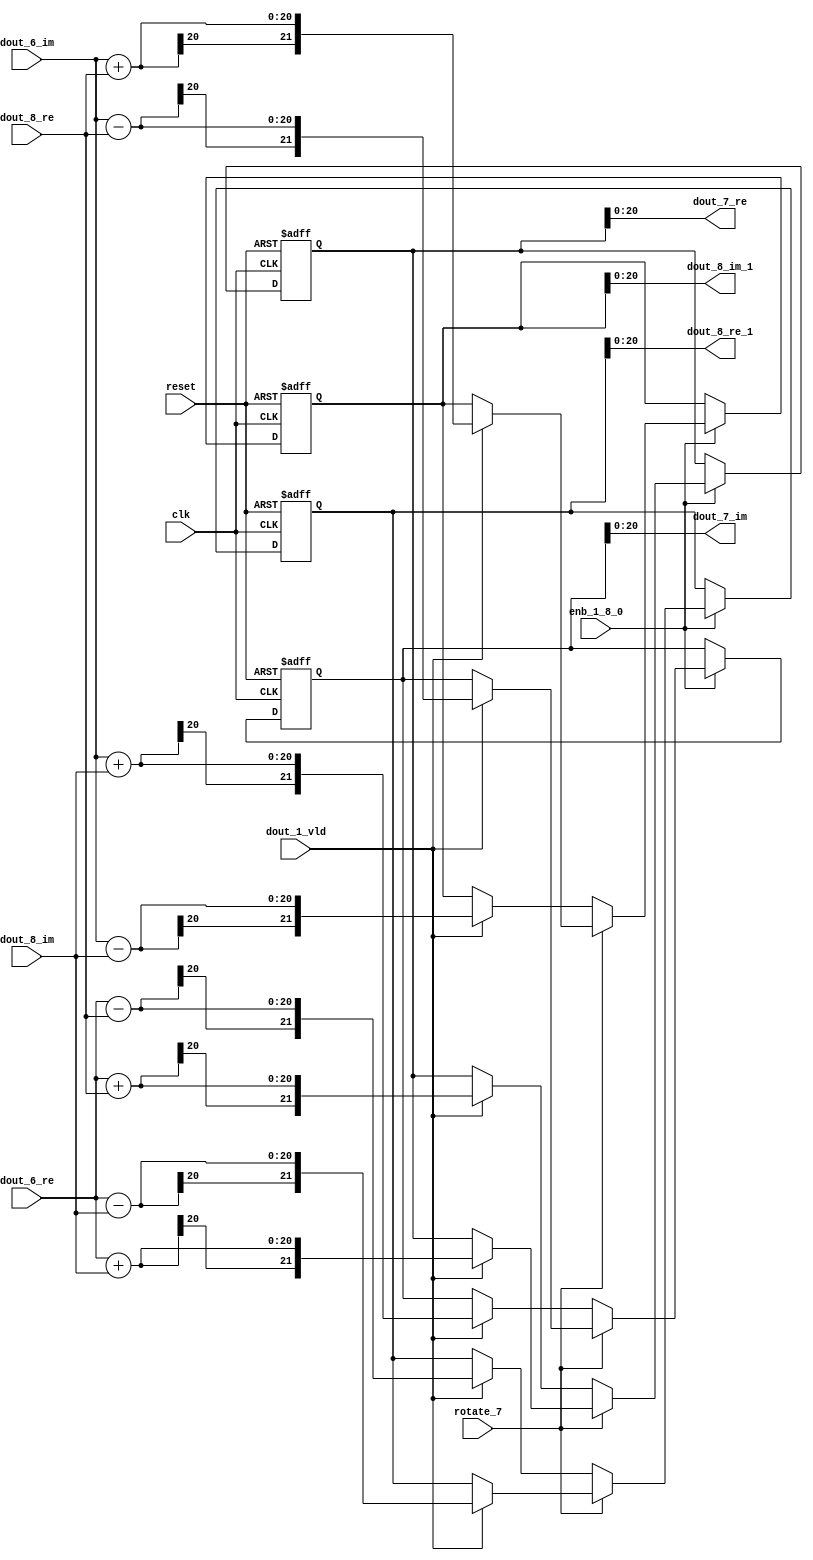
// -------------------------------------------------------------
// 
// 
// Generated by MATLAB 9.13 and HDL Coder 4.0
// 
// -------------------------------------------------------------


// -------------------------------------------------------------
// 
// Module: RADIX22FFT_SDNF2_4_block2
// Source Path: joe_fft/FFT/RADIX22FFT_SDNF2_4
// Hierarchy Level: 2
// 
// -------------------------------------------------------------

`timescale 1 ns / 1 ns

module RADIX22FFT_SDNF2_4_block2
          (clk,
           reset,
           enb_1_8_0,
           rotate_7,
           dout_6_re,
           dout_6_im,
           dout_8_re,
           dout_8_im,
           dout_1_vld,
           dout_7_re,
           dout_7_im,
           dout_8_re_1,
           dout_8_im_1);


  input   clk;
  input   reset;
  input   enb_1_8_0;
  input   rotate_7;  // ufix1
  input   signed [19:0] dout_6_re;  // sfix20
  input   signed [19:0] dout_6_im;  // sfix20
  input   signed [19:0] dout_8_re;  // sfix20
  input   signed [19:0] dout_8_im;  // sfix20
  input   dout_1_vld;
  output  signed [20:0] dout_7_re;  // sfix21
  output  signed [20:0] dout_7_im;  // sfix21
  output  signed [20:0] dout_8_re_1;  // sfix21
  output  signed [20:0] dout_8_im_1;  // sfix21


  wire signed [20:0] din1_re;  // sfix21
  wire signed [20:0] din1_im;  // sfix21
  wire signed [20:0] din2_re;  // sfix21
  wire signed [20:0] din2_im;  // sfix21
  reg  Radix22ButterflyG2_NF_din_vld_dly;
  reg signed [21:0] Radix22ButterflyG2_NF_btf1_re_reg;  // sfix22
  reg signed [21:0] Radix22ButterflyG2_NF_btf1_im_reg;  // sfix22
  reg signed [21:0] Radix22ButterflyG2_NF_btf2_re_reg;  // sfix22
  reg signed [21:0] Radix22ButterflyG2_NF_btf2_im_reg;  // sfix22
  reg  Radix22ButterflyG2_NF_din_vld_dly_next;
  reg signed [21:0] Radix22ButterflyG2_NF_btf1_re_reg_next;  // sfix22
  reg signed [21:0] Radix22ButterflyG2_NF_btf1_im_reg_next;  // sfix22
  reg signed [21:0] Radix22ButterflyG2_NF_btf2_re_reg_next;  // sfix22
  reg signed [21:0] Radix22ButterflyG2_NF_btf2_im_reg_next;  // sfix22
  reg signed [20:0] dout_7_re_1;  // sfix21
  reg signed [20:0] dout_7_im_1;  // sfix21
  reg signed [20:0] dout_8_re_2;  // sfix21
  reg signed [20:0] dout_8_im_2;  // sfix21
  reg  dout_4_vld;
  reg signed [21:0] Radix22ButterflyG2_NF_t_0_0;  // sfix22
  reg signed [21:0] Radix22ButterflyG2_NF_t_1;  // sfix22
  reg signed [21:0] Radix22ButterflyG2_NF_t_2_0;  // sfix22
  reg signed [21:0] Radix22ButterflyG2_NF_t_3;  // sfix22
  reg signed [21:0] Radix22ButterflyG2_NF_t_4_0;  // sfix22
  reg signed [21:0] Radix22ButterflyG2_NF_t_5;  // sfix22
  reg signed [21:0] Radix22ButterflyG2_NF_t_6_0;  // sfix22
  reg signed [21:0] Radix22ButterflyG2_NF_t_7;  // sfix22
  reg signed [21:0] Radix22ButterflyG2_NF_t_8_0;  // sfix22
  reg signed [21:0] Radix22ButterflyG2_NF_t_9;  // sfix22
  reg signed [21:0] Radix22ButterflyG2_NF_t_10;  // sfix22
  reg signed [21:0] Radix22ButterflyG2_NF_t_11;  // sfix22
  reg signed [21:0] Radix22ButterflyG2_NF_t_12;  // sfix22
  reg signed [21:0] Radix22ButterflyG2_NF_t_13;  // sfix22
  reg signed [21:0] Radix22ButterflyG2_NF_t_14;  // sfix22
  reg signed [21:0] Radix22ButterflyG2_NF_t_15;  // sfix22


  assign din1_re = {dout_6_re[19], dout_6_re};



  assign din1_im = {dout_6_im[19], dout_6_im};



  assign din2_re = {dout_8_re[19], dout_8_re};



  assign din2_im = {dout_8_im[19], dout_8_im};



  // Radix22ButterflyG2_NF
  always @(posedge clk or posedge reset)
    begin : Radix22ButterflyG2_NF_process
      if (reset == 1'b1) begin
        Radix22ButterflyG2_NF_din_vld_dly <= 1'b0;
        Radix22ButterflyG2_NF_btf1_re_reg <= 22'sb0000000000000000000000;
        Radix22ButterflyG2_NF_btf1_im_reg <= 22'sb0000000000000000000000;
        Radix22ButterflyG2_NF_btf2_re_reg <= 22'sb0000000000000000000000;
        Radix22ButterflyG2_NF_btf2_im_reg <= 22'sb0000000000000000000000;
      end
      else begin
        if (enb_1_8_0) begin
          Radix22ButterflyG2_NF_din_vld_dly <= Radix22ButterflyG2_NF_din_vld_dly_next;
          Radix22ButterflyG2_NF_btf1_re_reg <= Radix22ButterflyG2_NF_btf1_re_reg_next;
          Radix22ButterflyG2_NF_btf1_im_reg <= Radix22ButterflyG2_NF_btf1_im_reg_next;
          Radix22ButterflyG2_NF_btf2_re_reg <= Radix22ButterflyG2_NF_btf2_re_reg_next;
          Radix22ButterflyG2_NF_btf2_im_reg <= Radix22ButterflyG2_NF_btf2_im_reg_next;
        end
      end
    end

  always @(Radix22ButterflyG2_NF_btf1_im_reg, Radix22ButterflyG2_NF_btf1_re_reg,
       Radix22ButterflyG2_NF_btf2_im_reg, Radix22ButterflyG2_NF_btf2_re_reg,
       Radix22ButterflyG2_NF_din_vld_dly, din1_im, din1_re, din2_im, din2_re,
       dout_1_vld, rotate_7) begin
    Radix22ButterflyG2_NF_t_0_0 = 22'sb0000000000000000000000;
    Radix22ButterflyG2_NF_t_1 = 22'sb0000000000000000000000;
    Radix22ButterflyG2_NF_t_2_0 = 22'sb0000000000000000000000;
    Radix22ButterflyG2_NF_t_3 = 22'sb0000000000000000000000;
    Radix22ButterflyG2_NF_t_4_0 = 22'sb0000000000000000000000;
    Radix22ButterflyG2_NF_t_5 = 22'sb0000000000000000000000;
    Radix22ButterflyG2_NF_t_6_0 = 22'sb0000000000000000000000;
    Radix22ButterflyG2_NF_t_7 = 22'sb0000000000000000000000;
    Radix22ButterflyG2_NF_t_8_0 = 22'sb0000000000000000000000;
    Radix22ButterflyG2_NF_t_9 = 22'sb0000000000000000000000;
    Radix22ButterflyG2_NF_t_10 = 22'sb0000000000000000000000;
    Radix22ButterflyG2_NF_t_11 = 22'sb0000000000000000000000;
    Radix22ButterflyG2_NF_t_12 = 22'sb0000000000000000000000;
    Radix22ButterflyG2_NF_t_13 = 22'sb0000000000000000000000;
    Radix22ButterflyG2_NF_t_14 = 22'sb0000000000000000000000;
    Radix22ButterflyG2_NF_t_15 = 22'sb0000000000000000000000;
    Radix22ButterflyG2_NF_btf1_re_reg_next = Radix22ButterflyG2_NF_btf1_re_reg;
    Radix22ButterflyG2_NF_btf1_im_reg_next = Radix22ButterflyG2_NF_btf1_im_reg;
    Radix22ButterflyG2_NF_btf2_re_reg_next = Radix22ButterflyG2_NF_btf2_re_reg;
    Radix22ButterflyG2_NF_btf2_im_reg_next = Radix22ButterflyG2_NF_btf2_im_reg;
    Radix22ButterflyG2_NF_din_vld_dly_next = dout_1_vld;
    if (rotate_7 != 1'b0) begin
      if (dout_1_vld) begin
        Radix22ButterflyG2_NF_t_0_0 = {din1_re[20], din1_re};
        Radix22ButterflyG2_NF_t_1 = {din2_im[20], din2_im};
        Radix22ButterflyG2_NF_btf1_re_reg_next = Radix22ButterflyG2_NF_t_0_0 + Radix22ButterflyG2_NF_t_1;
        Radix22ButterflyG2_NF_t_2_0 = {din1_re[20], din1_re};
        Radix22ButterflyG2_NF_t_3 = {din2_im[20], din2_im};
        Radix22ButterflyG2_NF_btf2_re_reg_next = Radix22ButterflyG2_NF_t_2_0 - Radix22ButterflyG2_NF_t_3;
        Radix22ButterflyG2_NF_t_4_0 = {din1_im[20], din1_im};
        Radix22ButterflyG2_NF_t_5 = {din2_re[20], din2_re};
        Radix22ButterflyG2_NF_btf2_im_reg_next = Radix22ButterflyG2_NF_t_4_0 + Radix22ButterflyG2_NF_t_5;
        Radix22ButterflyG2_NF_t_6_0 = {din1_im[20], din1_im};
        Radix22ButterflyG2_NF_t_7 = {din2_re[20], din2_re};
        Radix22ButterflyG2_NF_btf1_im_reg_next = Radix22ButterflyG2_NF_t_6_0 - Radix22ButterflyG2_NF_t_7;
      end
    end
    else if (dout_1_vld) begin
      Radix22ButterflyG2_NF_t_8_0 = {din1_re[20], din1_re};
      Radix22ButterflyG2_NF_t_9 = {din2_re[20], din2_re};
      Radix22ButterflyG2_NF_btf1_re_reg_next = Radix22ButterflyG2_NF_t_8_0 + Radix22ButterflyG2_NF_t_9;
      Radix22ButterflyG2_NF_t_10 = {din1_re[20], din1_re};
      Radix22ButterflyG2_NF_t_11 = {din2_re[20], din2_re};
      Radix22ButterflyG2_NF_btf2_re_reg_next = Radix22ButterflyG2_NF_t_10 - Radix22ButterflyG2_NF_t_11;
      Radix22ButterflyG2_NF_t_12 = {din1_im[20], din1_im};
      Radix22ButterflyG2_NF_t_13 = {din2_im[20], din2_im};
      Radix22ButterflyG2_NF_btf1_im_reg_next = Radix22ButterflyG2_NF_t_12 + Radix22ButterflyG2_NF_t_13;
      Radix22ButterflyG2_NF_t_14 = {din1_im[20], din1_im};
      Radix22ButterflyG2_NF_t_15 = {din2_im[20], din2_im};
      Radix22ButterflyG2_NF_btf2_im_reg_next = Radix22ButterflyG2_NF_t_14 - Radix22ButterflyG2_NF_t_15;
    end
    dout_7_re_1 = Radix22ButterflyG2_NF_btf1_re_reg[20:0];
    dout_7_im_1 = Radix22ButterflyG2_NF_btf1_im_reg[20:0];
    dout_8_re_2 = Radix22ButterflyG2_NF_btf2_re_reg[20:0];
    dout_8_im_2 = Radix22ButterflyG2_NF_btf2_im_reg[20:0];
    dout_4_vld = Radix22ButterflyG2_NF_din_vld_dly;
  end



  assign dout_7_re = dout_7_re_1;

  assign dout_7_im = dout_7_im_1;

  assign dout_8_re_1 = dout_8_re_2;

  assign dout_8_im_1 = dout_8_im_2;

endmodule  // RADIX22FFT_SDNF2_4_block2